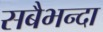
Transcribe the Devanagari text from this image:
सबैभन्दा